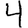
Digit: 4